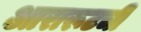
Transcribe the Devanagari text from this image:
आरारूटची